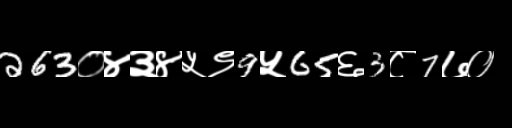
Text: 263०४३४५९9५65६3८7७०